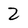
Character: 2